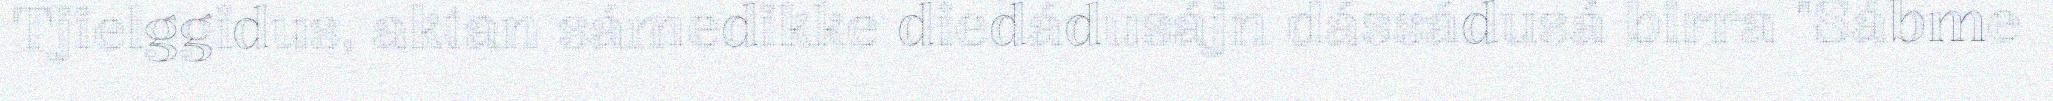
Tjielggidus, aktan sámedikke diedádusájn dássádusá birra "Sábme